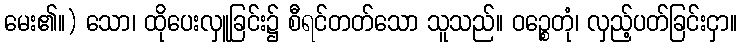
မေး၏။) သော၊ ထိုပေးလှူခြင်း၌ စီရင်တတ်သော သူသည်။ ဝဉ္စေတုံ၊ လှည့်ပတ်ခြင်းငှာ။